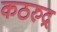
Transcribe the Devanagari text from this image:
कठरुद्र